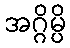
အဂ္ဂိမ္ပိ